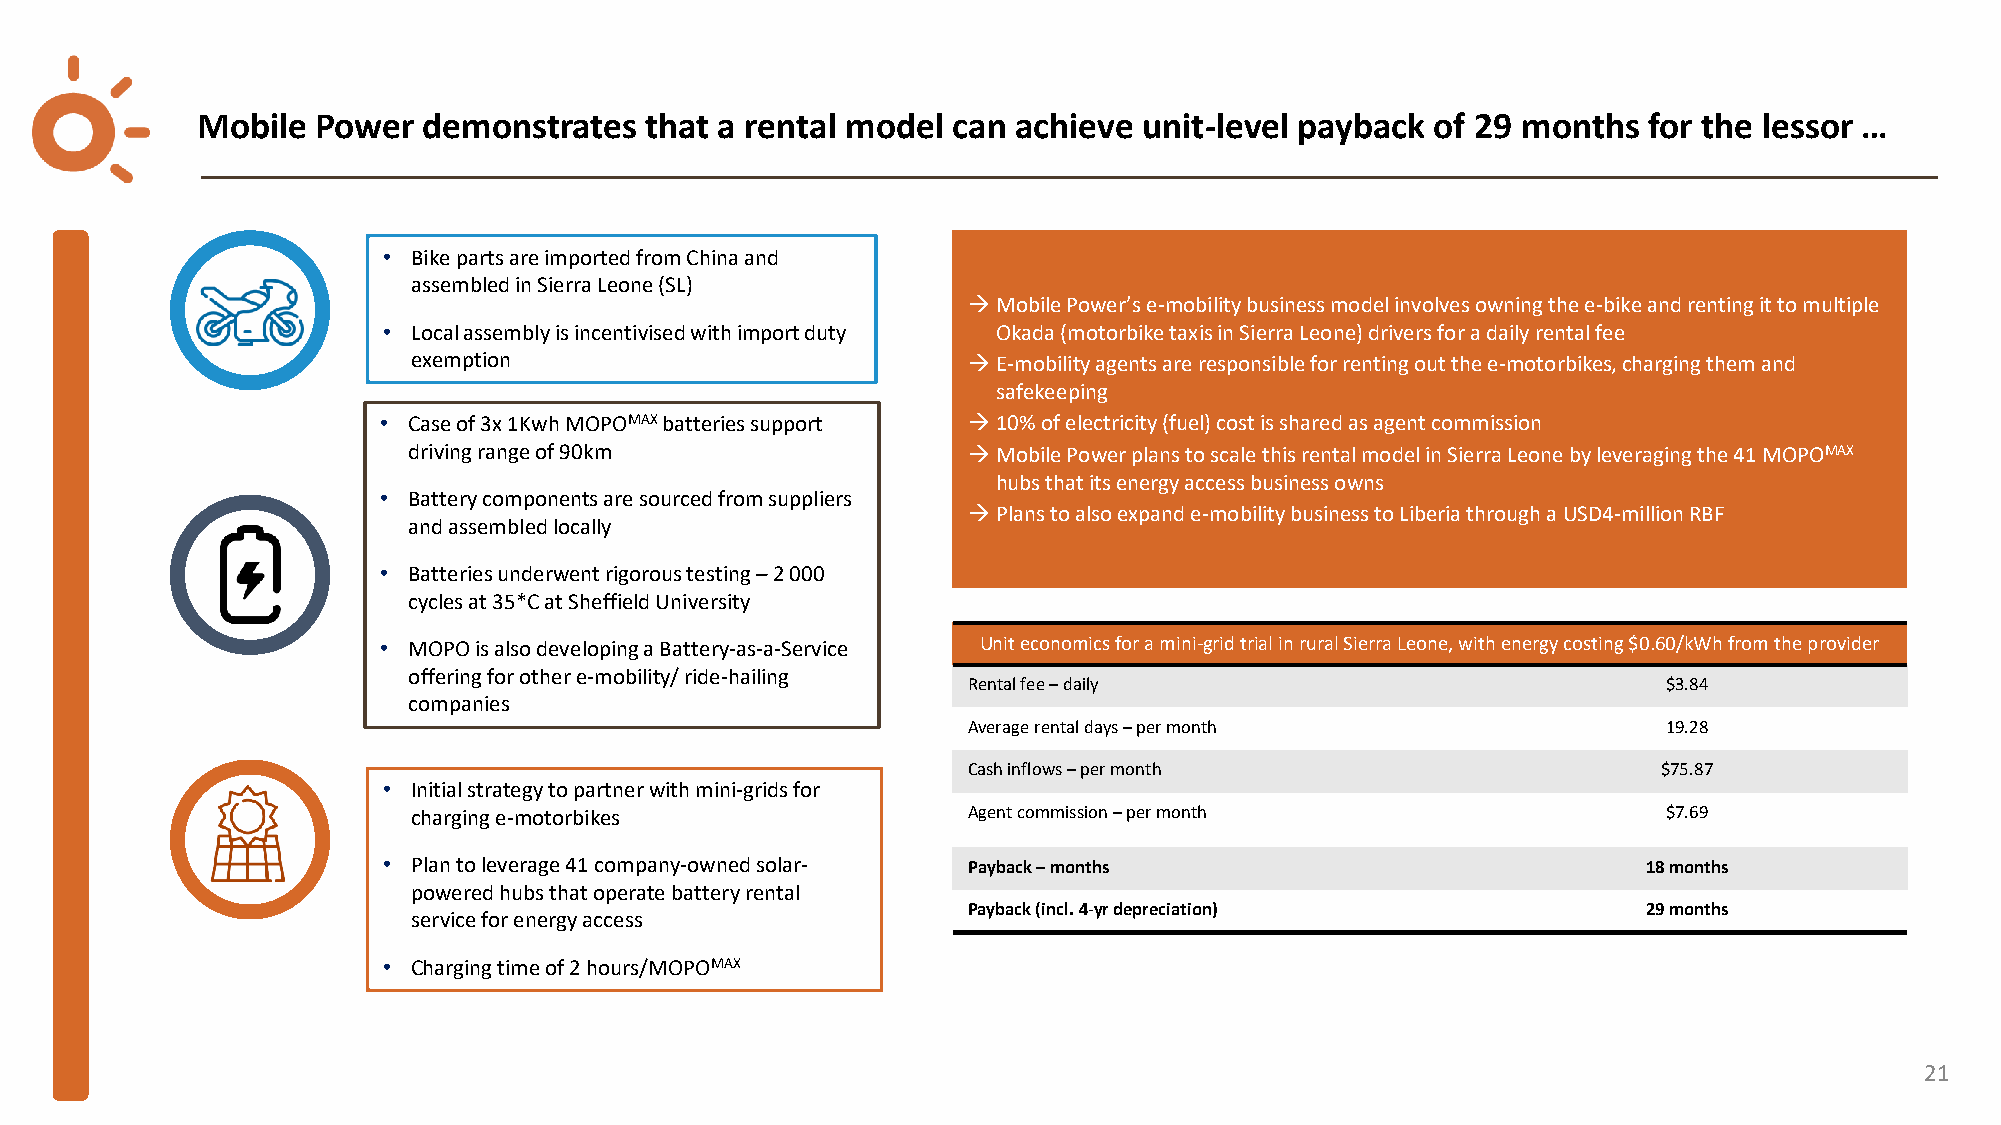
Mobile  Power  demonstrates   that a rental model can achieve  unit-level payback of 29 months  for the lessor …
 • Bike parts are imported from China and
 assembled in Sierra Leone (SL)
 →Mobile Power’s e-mobility business model involves owning the e-bike and renting it to multiple
 • Local assembly is incentivisedwith import duty Okada (motorbike taxis in Sierra Leone) drivers for a daily rental fee
 exemption                            →E-mobility agents are responsible for renting out the e-motorbikes, charging them and
 safekeeping
 • Case of 3x 1Kwh MOPOMAXbatteries support →10% of electricity (fuel) cost is shared as agent commission
 driving range of 90km                →Mobile Power plans to scale this rental model in Sierra Leone by leveraging the 41 MOPOMAX
 hubs that its energy access business owns
 • Battery components are sourced from suppliers
 →Plans to also expand e-mobility business to Liberia through aUSD4-million RBF
 and assembled locally
 • Batteries underwent rigorous testing –2 000
 cycles at 35*C at Sheffield University
 • MOPO is also developing a Battery-as-a-Service Unit economics for a mini-grid trial in rural Sierra Leone, with energy costing $0.60/kWh from the provider
 offering for other e-mobility/ ride-hailing
 Rental fee –daily                             $3.84
 companies
 Average rental days –per month                19.28
 Cash inflows –per month                       $75.87
 • Initial strategy to partner with mini-grids for
 charging e-motorbikes                Agent commission –per month                   $7.69
 • Plan to leverage 41 company-owned solar- Payback –months                          18 months
 powered hubs that operate battery rental
 Payback (incl. 4-yr depreciation)            29 months
 service for energy access
 • Charging time of 2 hours/MOPOMAX
 21